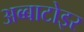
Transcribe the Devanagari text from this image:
अब्बाटोइर